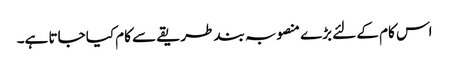
اس کام کے لئے بڑے منصوبہ بند طریقے سے کام کیا جاتا ہے۔